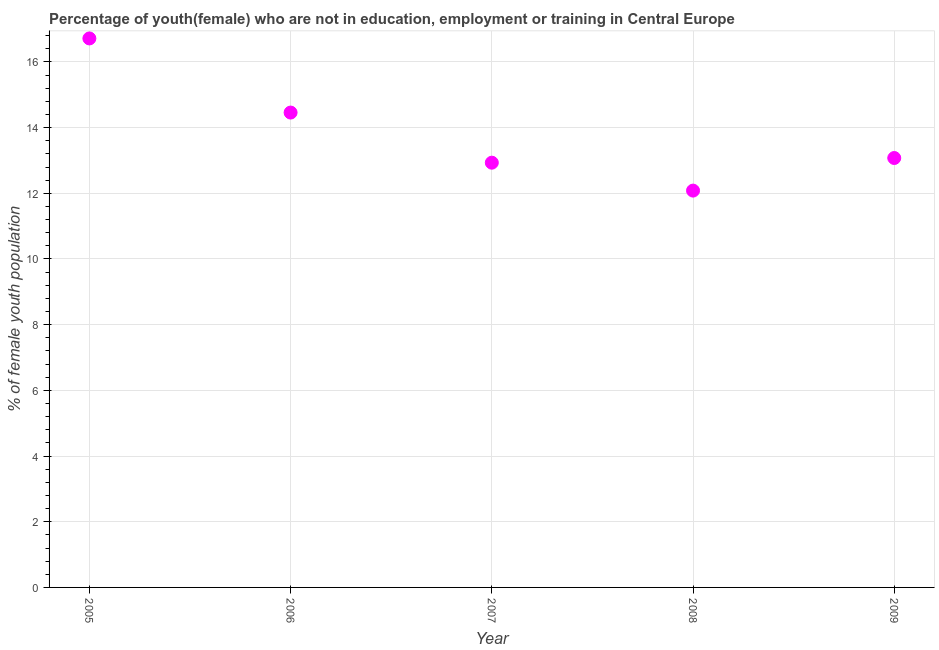
| Year | Unemployed(female) |
 | --- | --- |
 | 2005 | 16.7 |
 | 2006 | 14.5 |
 | 2007 | 12.9 |
 | 2008 | 12.1 |
 | 2009 | 13.1 |